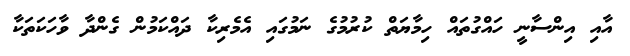
އާއި އިންސާނީ ހައްގުތައް ހިމާޔަތް ކުުރުމުގެ ނަމުގައި އެމެރިކާ ދައްކަމުން ގެންދާ ވާހަކަތަކާ